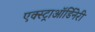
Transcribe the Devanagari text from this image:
एक्स्ट्राऑर्डिनेरी